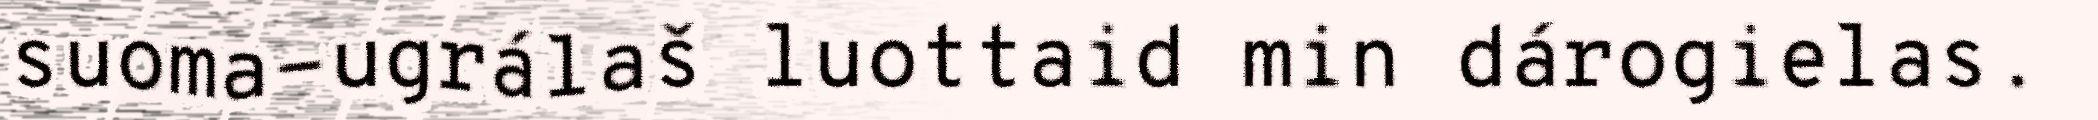
suoma-ugrálaš luottaid min dárogielas.